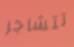
تتشاجر